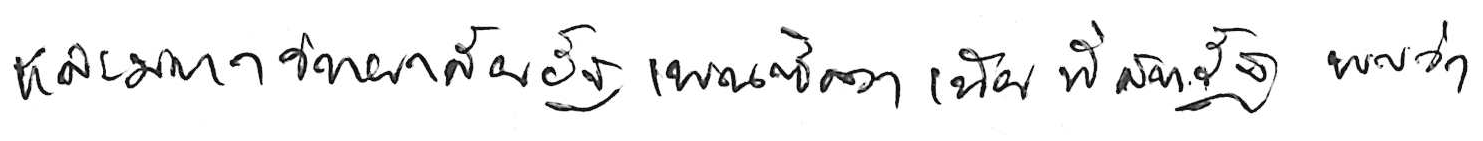
และมหาวิทยาลัยรัฐเพนซิลวาเนีย ที่สหรัฐ พบว่า